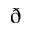
\eth